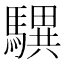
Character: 龭